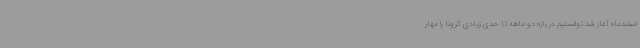
اسفندماه آغاز شد توانستیم در بازه دو ماهه تا حدی زیادی کرونا را مهار